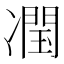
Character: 𭂣